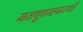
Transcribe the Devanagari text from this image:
महबूबनगरची